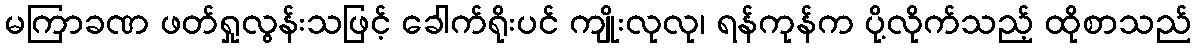
မကြာခဏ ဖတ်ရှုလွန်းသဖြင့် ခေါက်ရိုးပင် ကျိုးလုလု၊ ရန်ကုန်က ပို့လိုက်သည့် ထိုစာသည်